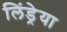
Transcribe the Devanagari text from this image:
लिंड्रेया